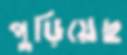
পুড়িয়েছ